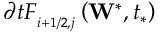
\partial t F _ { _ { i + 1 / 2 , j } } ^ { { } } \left( { { \mathbf { W } } ^ { * } } , { { t } _ { * } } \right)